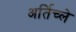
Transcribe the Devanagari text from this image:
अर्तिच्ले